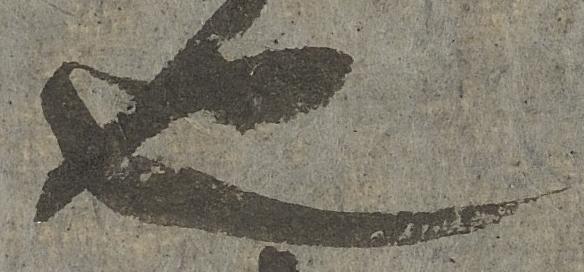
也